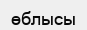
өблысы